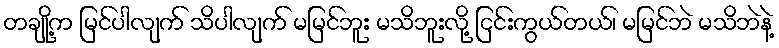
တချို့က မြင်ပါလျက် သိပါလျက် မမြင်ဘူး မသိဘူးလို့ ငြင်းကွယ်တယ်၊ မမြင်ဘဲ မသိဘဲနဲ့